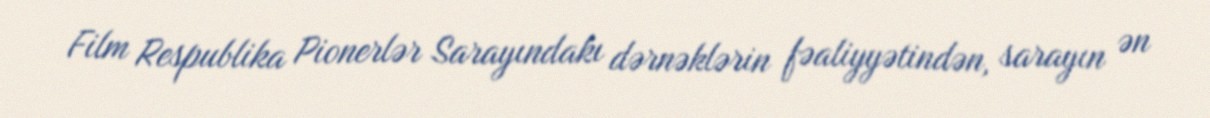
Film Respublika Pionerlər Sarayındakı dərnəklərin fəaliyyətindən, sarayın ən